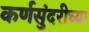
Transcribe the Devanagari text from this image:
कर्णसुंदरीच्या